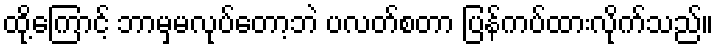
ထို့ကြောင့် ဘာမှမလုပ်တော့ဘဲ ပလတ်စတာ ပြန်ကပ်ထားလိုက်သည်။